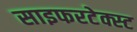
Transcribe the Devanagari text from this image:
साइफरटेक्स्ट